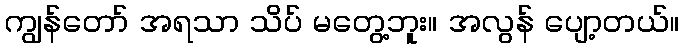
ကျွန်တော် အရသာ သိပ် မတွေ့ဘူး။ အလွန် ပျော့တယ်။